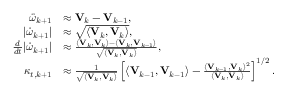
\begin{array} { r l } { \boldsymbol { \ddot { \omega } } _ { k + 1 } } & { \approx \mathbf { V } _ { k } - \mathbf { V } _ { k - 1 } , } \\ { | \boldsymbol { \dot { \omega } } _ { k + 1 } | } & { \approx \sqrt { \langle \mathbf { V } _ { k } , \mathbf { V } _ { k } \rangle } , } \\ { \frac { d } { d t } | \boldsymbol { \dot { \omega } } _ { k + 1 } | } & { \approx \frac { \langle \mathbf { V } _ { k } , \mathbf { V } _ { k } \rangle - \langle \mathbf { V } _ { k } , \mathbf { V } _ { k - 1 } \rangle } { \sqrt { \langle \mathbf { V } _ { k } , \mathbf { V } _ { k } \rangle } } , } \\ { \kappa _ { t , k + 1 } } & { \approx \frac { 1 } { \sqrt { \langle \mathbf { V } _ { k } , \mathbf { V } _ { k } \rangle } } \left[ \langle \mathbf { V } _ { k - 1 } , \mathbf { V } _ { k - 1 } \rangle - \frac { \langle \mathbf { V } _ { k - 1 } , \mathbf { V } _ { k } \rangle ^ { 2 } } { \langle \mathbf { V } _ { k } , \mathbf { V } _ { k } \rangle } \right] ^ { 1 / 2 } . } \end{array}